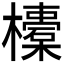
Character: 𣟄